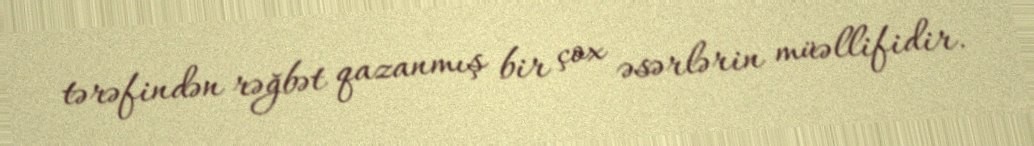
tərəfindən rəğbət qazanmış bir çox əsərlərin müəllifidir.